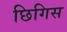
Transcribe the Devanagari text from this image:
छिगिस